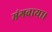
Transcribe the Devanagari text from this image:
मंगवाया।